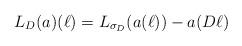
LaTeX: \begin{align*}L_D(a)(\ell) = L_{\sigma_D}(a(\ell)) - a(D\ell)\end{align*}